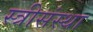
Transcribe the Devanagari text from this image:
स्त्रीसंस्था